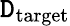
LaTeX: \mathtt{D}_{\mathrm{{target}}}